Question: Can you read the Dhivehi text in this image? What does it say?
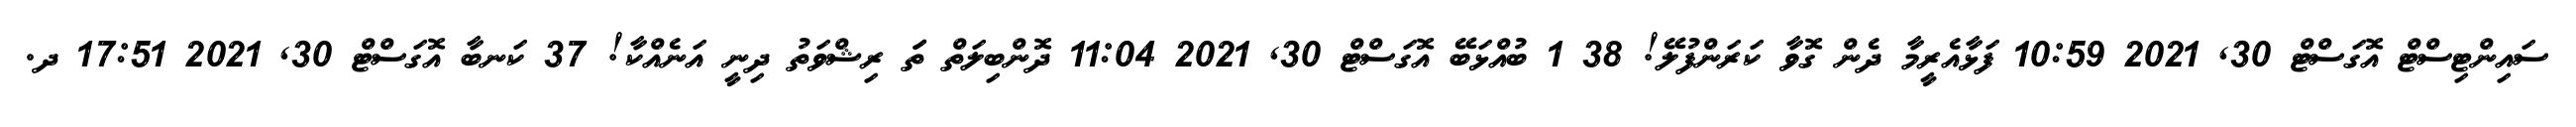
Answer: ސައިންޓިސްޓް އޮގަސްޓް 30, 2021 10:59 ފަޅާއެރީމާ ދެން ގޮވާ ކަރަންފުލޭ! 38 1 ބުއްޅަބޭ އޮގަސްޓް 30, 2021 11:04 ދޮންބިލަތް ތަަ ރިޝްވަތު ދިނީ އަނެއްކާ! 37 ކަނބާ އޮގަސްޓް 30, 2021 17:51 ދ.